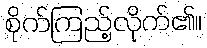
စိုက်ကြည့်လိုက်၏။